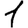
Digit: 1